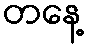
တနေ့